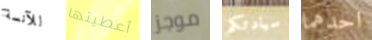
للآنسة أعطيتها موجز سيادتكم احدهما